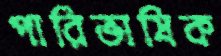
পারিভাষিক